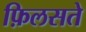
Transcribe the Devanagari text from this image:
फ़िलसते